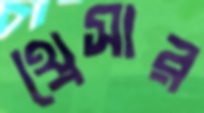
থ্রেসার